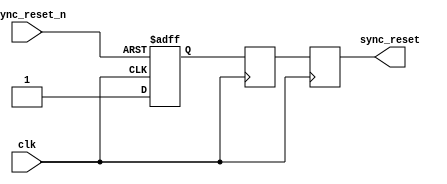
module async_reset_synchronizer (
    input wire clk,                  // Clock input
    input wire async_reset_n,       // Asynchronous reset input (active low)
    output reg sync_reset           // Synchronized reset output
);

    // Internal signals for flip-flops
    reg ff1, ff2;                    // Two flip-flops

    // Asynchronous reset handling for the first flip-flop
    always @(posedge clk or negedge async_reset_n) begin
        if (!async_reset_n) begin
            ff1 <= 1'b0;            // Reset the first flip-flop
        end else begin
            ff1 <= 1'b1;            // Hold the value when not resetting
        end
    end

    // Synchronized reset handling for the second flip-flop
    always @(posedge clk) begin
        ff2 <= ff1;                  // Synchronize ff1 output to ff2
    end

    // The synchronized reset output
    always @(posedge clk) begin
        sync_reset <= ff2;           // Output the synchronized reset
    end

endmodule